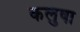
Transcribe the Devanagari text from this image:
कलुषा